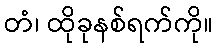
တံ၊ ထိုခုနစ်ရက်ကို။